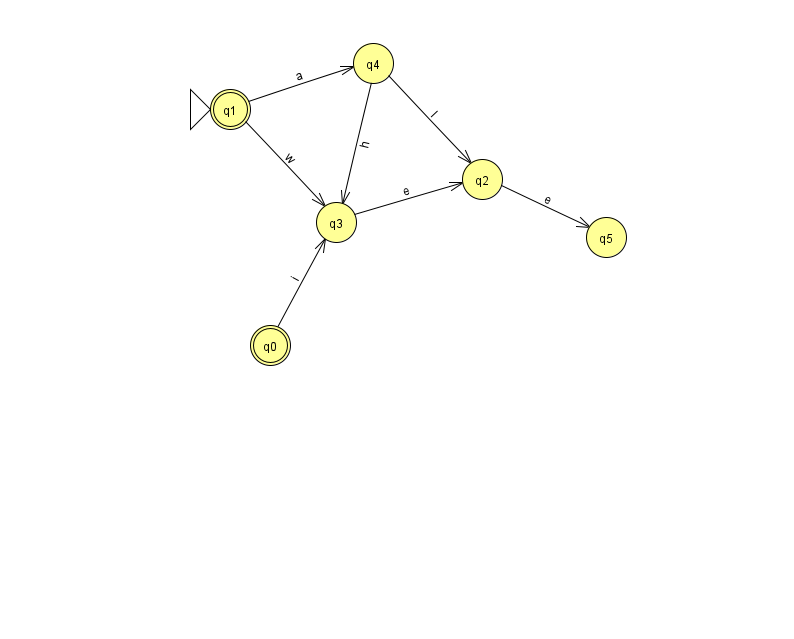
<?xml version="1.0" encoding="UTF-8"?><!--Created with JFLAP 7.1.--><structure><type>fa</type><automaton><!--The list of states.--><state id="0" name="q0"><x>270.0</x><y>332.0</y><final/></state><state id="1" name="q1"><x>230.0</x><y>96.0</y><initial/><final/></state><state id="2" name="q2"><x>482.0</x><y>166.0</y></state><state id="3" name="q3"><x>336.0</x><y>209.0</y></state><state id="4" name="q4"><x>373.0</x><y>50.0</y></state><state id="5" name="q5"><x>606.0</x><y>224.0</y></state><!--The list of transitions.--><transition><from>0</from><to>3</to><read>i</read></transition><transition><from>1</from><to>3</to><read>w</read></transition><transition><from>3</from><to>2</to><read>e</read></transition><transition><from>4</from><to>3</to><read>h</read></transition><transition><from>4</from><to>2</to><read>I</read></transition><transition><from>2</from><to>5</to><read>e</read></transition><transition><from>1</from><to>4</to><read>a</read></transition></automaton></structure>